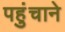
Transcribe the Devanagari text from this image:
पहुुंचाने